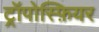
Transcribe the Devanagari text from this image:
ट्रॉपोस्फ़ियर